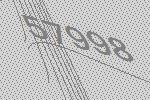
57998